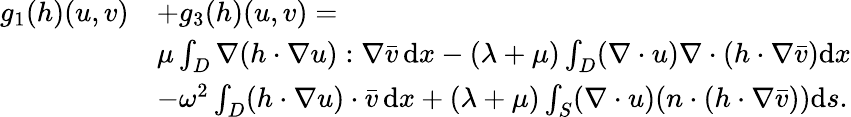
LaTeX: \begin{array}{rl}{g_{1}(h)(u,v)}&{+g_{3}(h)(u,v)=}\\ &{\mu\int_{D}\nabla(h\cdot\nabla u):\nabla\bar{v}\, \mathrm{d}x-(\lambda+\mu)\int_{D}(\nabla\cdot u)\nabla\cdot(h\cdot\nabla\bar{v})\mathrm{d}x}\\ &{-\omega^{2}\int_{D}(h\cdot\nabla u)\cdot\bar{v}\, \mathrm{d}x+(\lambda+\mu)\int_{S}(\nabla\cdot u)(n\cdot(h\cdot\nabla\bar{v}))\mathrm{d}s.}\end{array}